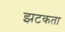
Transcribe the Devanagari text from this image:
झटकता